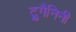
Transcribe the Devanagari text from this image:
ट्रुगैनिनी